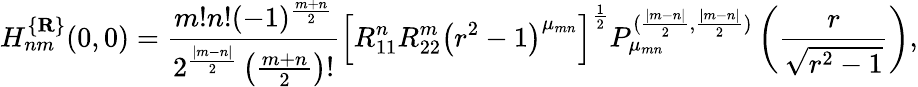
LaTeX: H_{nm}^{\{ {\mathbf R}\} }(0,0)=\frac{m!n!(-1)^{\frac{m+n}2}}{2^{\frac{|m-n|}2}\left(\frac{m+n}2\right)!}\left[R_{11}^{n}R_{22}^{m}\left(r^{2}-1\right)^{\mu_{mn}}\right]^{\frac 12}P_{\mu_{mn}}^{(\frac{|m-n|}2,\frac{|m-n|}2)}\left(\frac r{\sqrt{r^{2}-1}}\right),